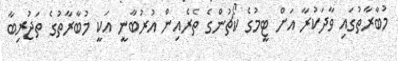
މުބާރާތުގައި ވާދަކުރާ އަށް ޓީމުގެ ކޯޗުންގެ ތެރެއިން އުރުބާނީ އަކީ މުބާރާތުގެ ތަޖުރިބާ